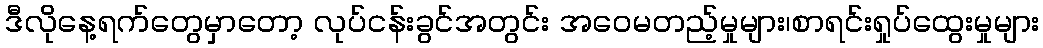
ဒီလိုနေ့ရက်တွေမှာတော့ လုပ်ငန်းခွင်အတွင်း အဝေမတည့်မှုများ၊စာရင်းရှုပ်ထွေးမှုများ